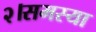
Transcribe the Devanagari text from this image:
२।समस्या